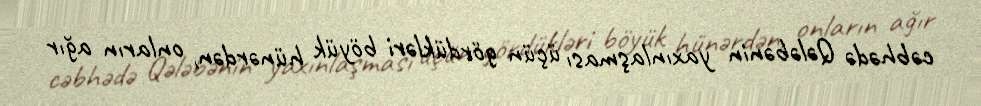
cəbhədə Qələbənin yaxınlaşması üçün gördükləri böyük hünərdən, onların ağır